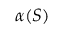
\alpha ( S )